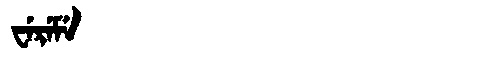
Manchu: ᠸᡝᡵᡝᠮᡝ
Romanization: WEREME